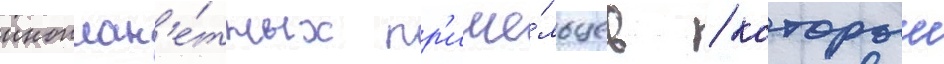
иноплан'е́тных пр'ише́льцев / которыи